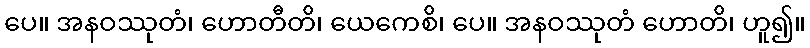
ပေ။ အနဝဿုတံ၊ ဟောတီတိ၊ ယေကေစိ၊ ပေ။ အနဝဿုတံ ဟောတိ၊ ဟူ၍။